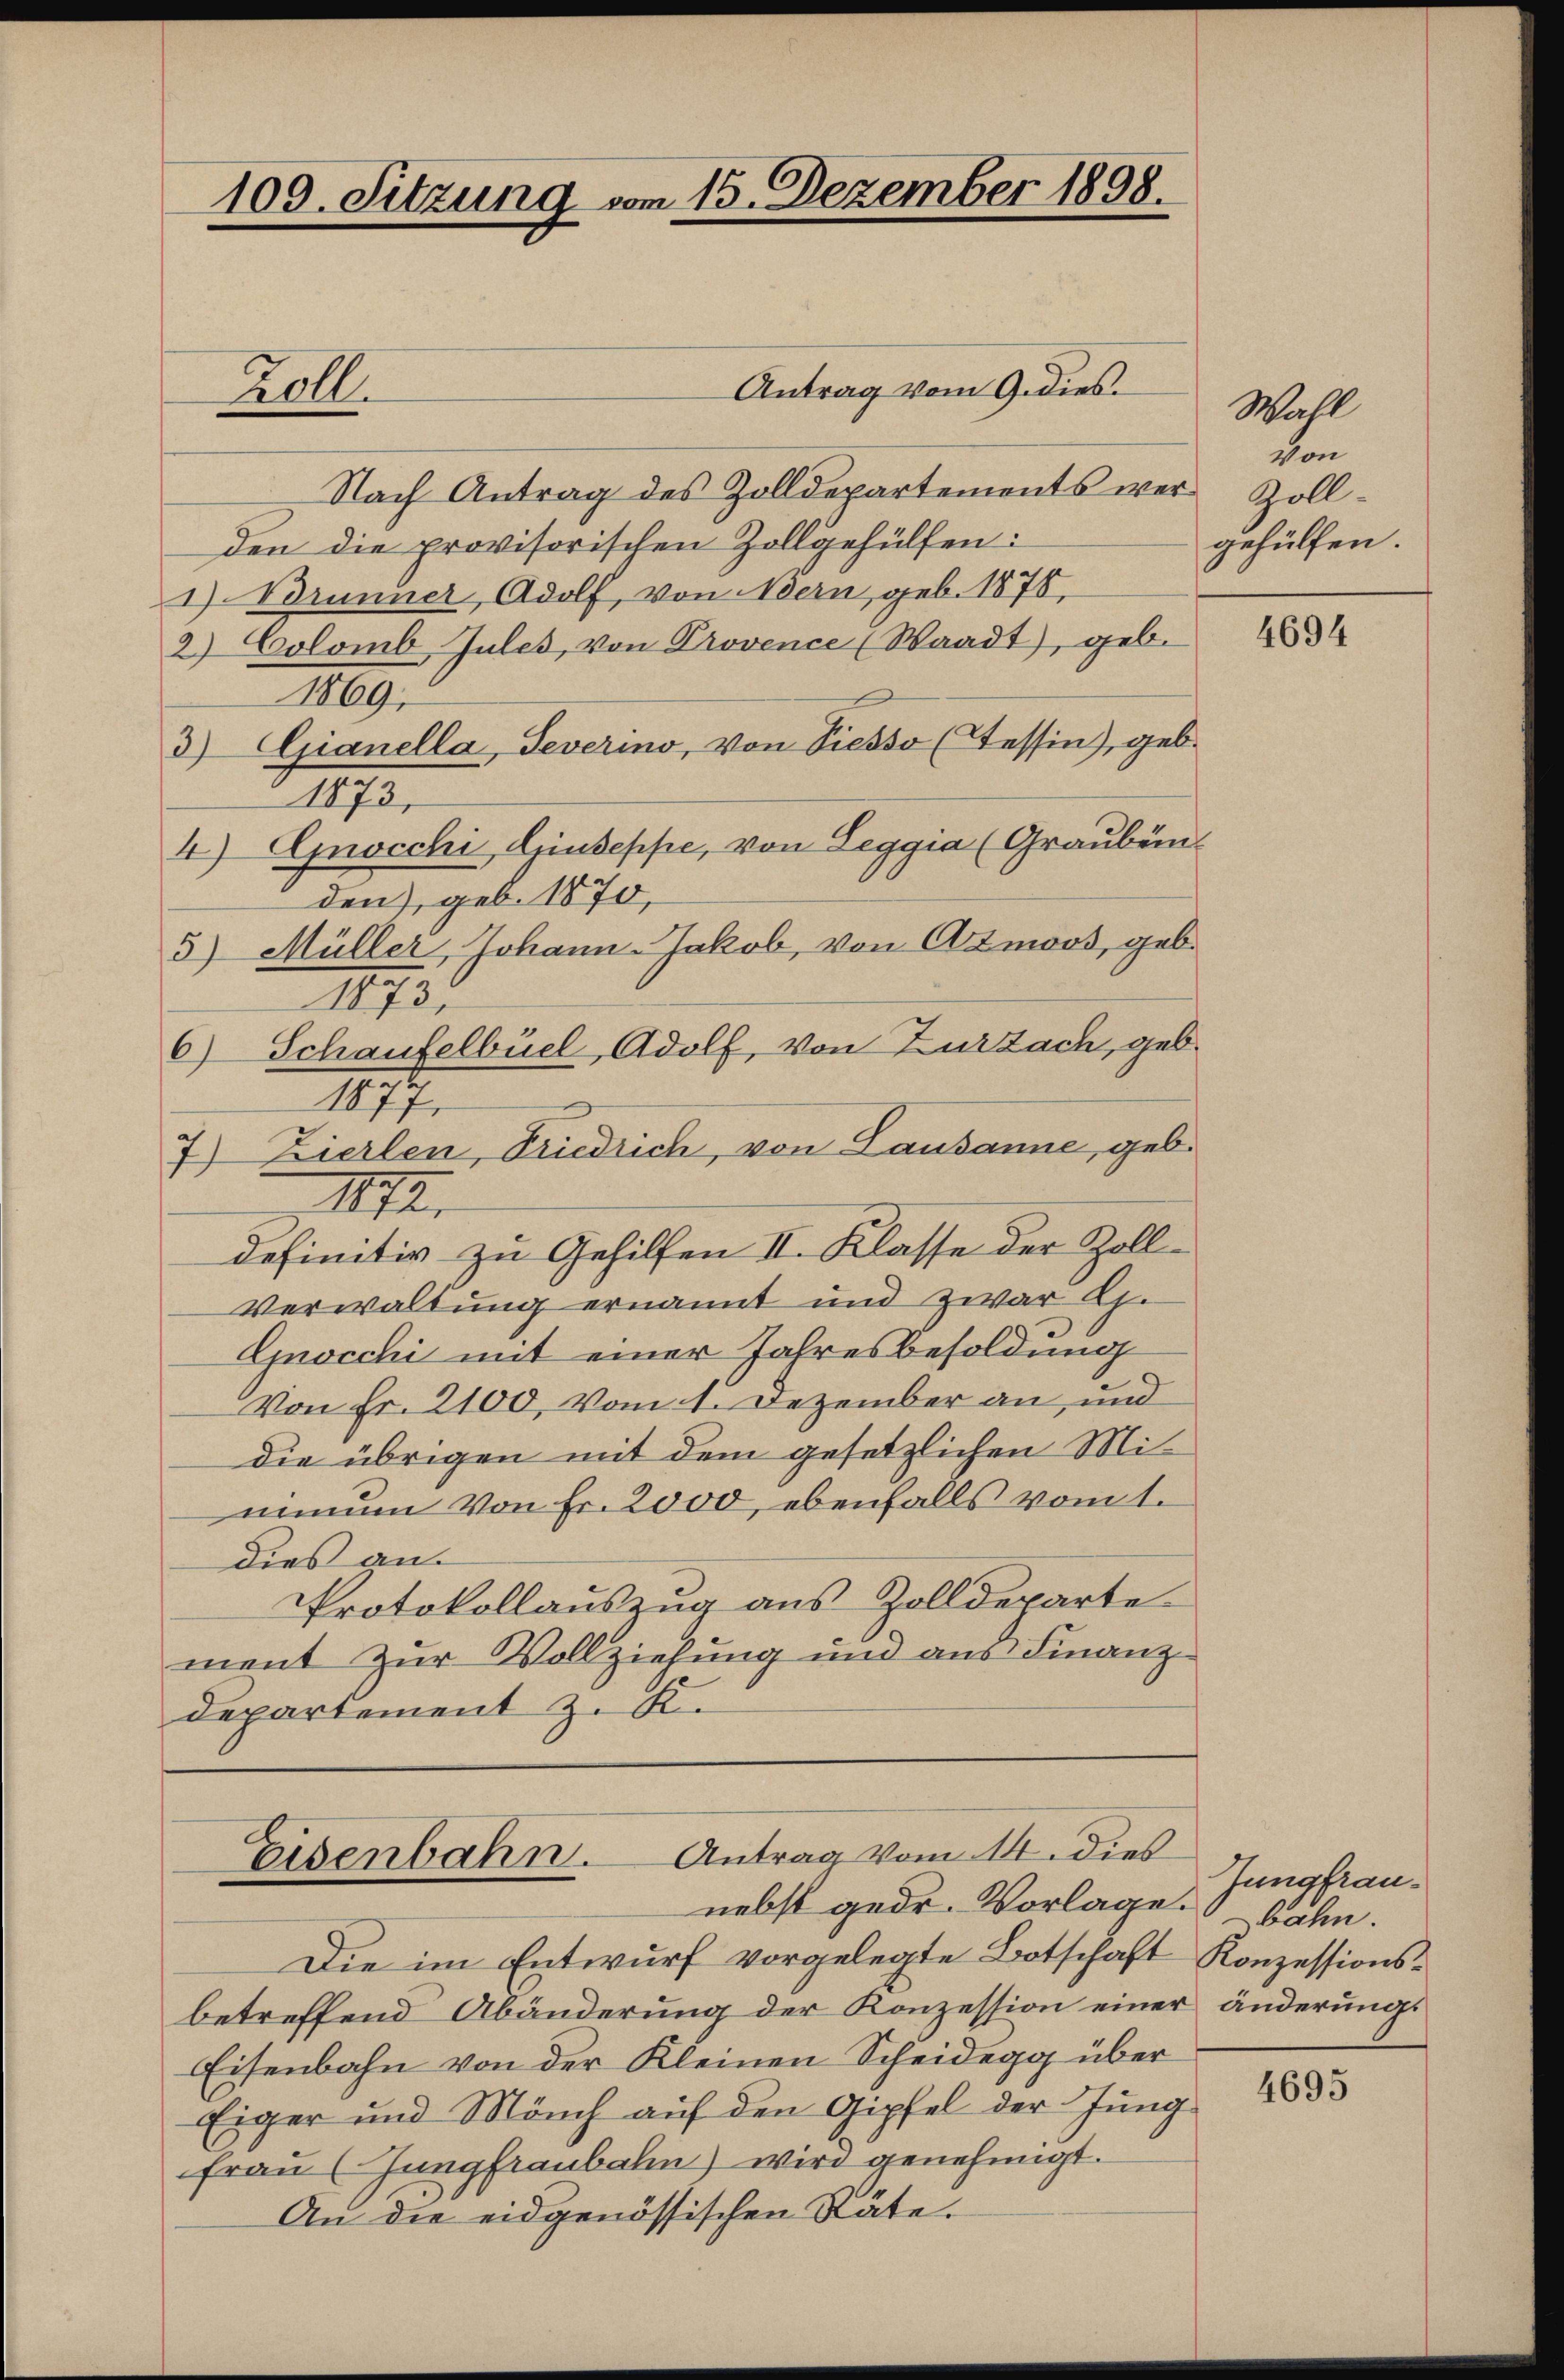
109. Sitzung vom 15. Dezember 1898.

Antrag vom 9. dies
Nach Antrag des Zolldepartements werden die provisorischen Zollgehülfen:
1) Brunner, Adolf, von Bern, geb. 1878,
2.) Colomb Jules, von Provence (Waadt, geb.
1869;
3) Gianella, Severino, von Siesso (Tessin), geb.
1873.
4) Gnocchi, Giuseppe, von Leggia (Graubünden), geb. 1870,
5) Müller, Johann-Jakob, von Azmoos, geb.
1873,
6) Schaufelbüel, Adolf, von Zurzach, geb.
1877
7) Zierlen, Priedrich, von Lausanne, geb.
IIII.
definitiv zu Gehilfen II. Klasse der Zoll¬
Verwaltung ernannt und zwar Ah.
Gnocchi mit einer Jahresbesoldung
Von Fr. 2100, vom 1. Dezember an, und
die übrigen mit dem gesetzlichen Miminum von Fr. 2000, ebenfalls vom 1.
dies an.
Protokollauszug aus Zolldeparte
ment zur Vollziehung und aus Finanz-
departement z. K.

Roll.

Eisenbahn. Antrag vom 14. dies
nebst gedr. Vorlage bahn.

Die im Entwurf vorgelegte Botschaft Konzessionsbetreffend Abänderung der Konzession einer änderungs
Eisenbahn von der Kleinen Scheidegg über
Eiger und Mönch auf den Gipfel der Jung
frau (Jungfraubahn wird genehmigt.
An die eidgenössischen Räte.

Wahl
Von
Zollgehülfen.

4694

Jungfrau¬

4695